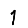
Digit: 1